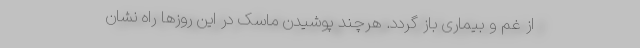
از غم و بیماری باز گردد. هرچند پوشیدن ماسک در این روز‌ها راه نشان